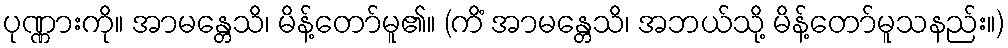
ပုဏ္ဏားကို။ အာမန္တေသိ၊ မိန့်တော်မူ၏။ (ကိံ အာမန္တေသိ၊ အဘယ်သို့ မိန့်တော်မူသနည်း။)